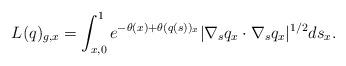
LaTeX: \begin{align*}L(q)_{g,x}=\int_{x,0}^{1} e^{-\theta(x)+\theta(q(s))_{x}}|\nabla_{s}q_{x}\cdot\nabla_{s}q_{x}|^{1/2}ds_{x}.\end{align*}